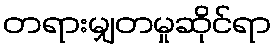
တရားမျှတမှုဆိုင်ရာ